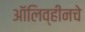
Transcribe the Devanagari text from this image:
ऑलिव्हीनचे